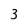
Character: 3